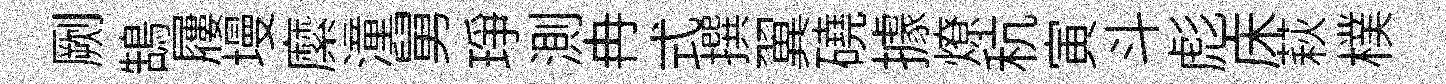
劂鵠屨墁縻潼舅琤測冉式撰翼磽據燎秔寅斗彪床萩樸